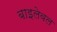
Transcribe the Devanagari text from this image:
बाइलेवल